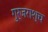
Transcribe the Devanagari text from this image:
गुर्जराश्च